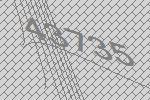
43735